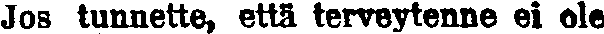
Jos tunnette, että terveytenne ei ole